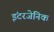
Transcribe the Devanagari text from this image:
इंटरजेनिक